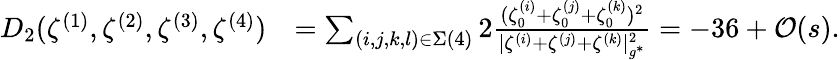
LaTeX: \begin{array}{rl}{D_{2}(\zeta^{(1)},\zeta^{(2)},\zeta^{(3)},\zeta^{(4)})}&{=\sum_{(i,j,k,l)\in\Sigma(4)}2\frac{(\zeta_{0}^{(i)}+\zeta_{0}^{(j)}+\zeta_{0}^{(k)})^{2}}{|{\zeta^{(i)}}+{\zeta^{(j)}}+{\zeta^{(k)}}|_{g^{*}}^{2}}=-36+\mathcal{O}({s}).}\end{array}